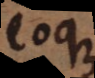
eoque